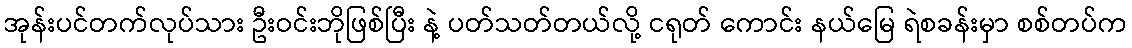
အုန်းပင်တက်လုပ်သား ဦးဝင်းဘိုဖြစ်ပြီး နဲ့ ပတ်သတ်တယ်လို့ ငရုတ် ကောင်း နယ်မြေ ရဲစခန်းမှာ စစ်တပ်က